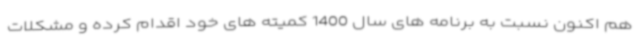
هم اکنون نسبت به برنامه های سال 1400 کمیته های خود اقدام کرده و مشکلات